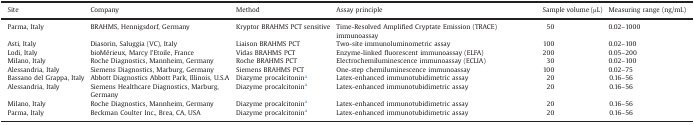
| Site | Company | Method | Assay principle | Sample volume (μL) | Measuring range (ng/mL) |
 | --- | --- | --- | --- | --- | --- |
 | Parma, Italy | BRAHMS, Hennigsdorf, Germany | Kryptor BRAHMS PCT sensitive | Time-Resolved Amplified Cryptate Emission (TRACE) immunoassay | 50 | 0.02–1000 |
 | Asti, Italy | Diasorin, Saluggia (VC), Italy | Liaison BRAHMS PCT | Two-site immunoluminometric assay | 100 | 0.02–100 |
 | Lodi, Italy | bioMérieux, Marcy l’Etoile, France | Vidas BRAHMS PCT | Enzyme-linked fluorescent immunoassay (ELFA) | 200 | 0.05–200 |
 | Milano, Italy | Roche Diagnostics, Mannheim, Germany | Roche BRAHMS PCT | Electrochemiluminescence immunoassay (ECLIA) | 30 | 0.02–100 |
 | Alessandria, Italy | Siemens Diagnostics, Marburg, Germany | Siemens BRAHMS PCT | One-step chemiluminescence immunoassay | 100 | 0.02–75 |
 | Bassano del Grappa, Italy | Abbott Diagnostics Abbott Park, Illinois, U.S.A | Diazyme procalcitonina | Latex-enhanced immunotubidimetric assay | 20 | 0.16–56 |
 | Alessandria, Italy | Siemens Healthcare Diagnostics, Marburg, Germany | Diazyme procalcitonina | Latex-enhanced immunotubidimetric assay | 20 | 0.16–56 |
 | Milano, Italy | Roche Diagnostics, Mannheim, Germany | Diazyme procalcitonina | Latex-enhanced immunotubidimetric assay | 20 | 0.16–56 |
 | Parma, Italy | Beckman Coulter Inc., Brea, CA, USA | Diazyme procalcitonina | Latex-enhanced immunotubidimetric assay | 20 | 0.16–56 |